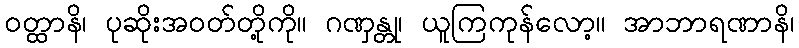
ဝတ္ထာနိ၊ ပုဆိုးအဝတ်တို့ကို။ ဂဏှန္တု၊ ယူကြကုန်လော့။ အာဘာရဏာနိ၊